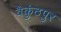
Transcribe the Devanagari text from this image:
वैकुंठपुर